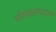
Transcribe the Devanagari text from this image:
सौपद्मसम्प्रदाय